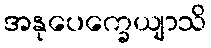
အနုပေက္ခေယျာသိ